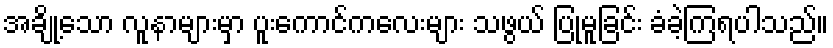
အချို့သော လူနာများမှာ ပူးကောင်ကလေးများ သဖွယ် ပြုမူခြင်း ခံခဲ့ကြရပါသည်။